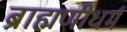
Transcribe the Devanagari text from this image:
ब्राह्मणीधर्म